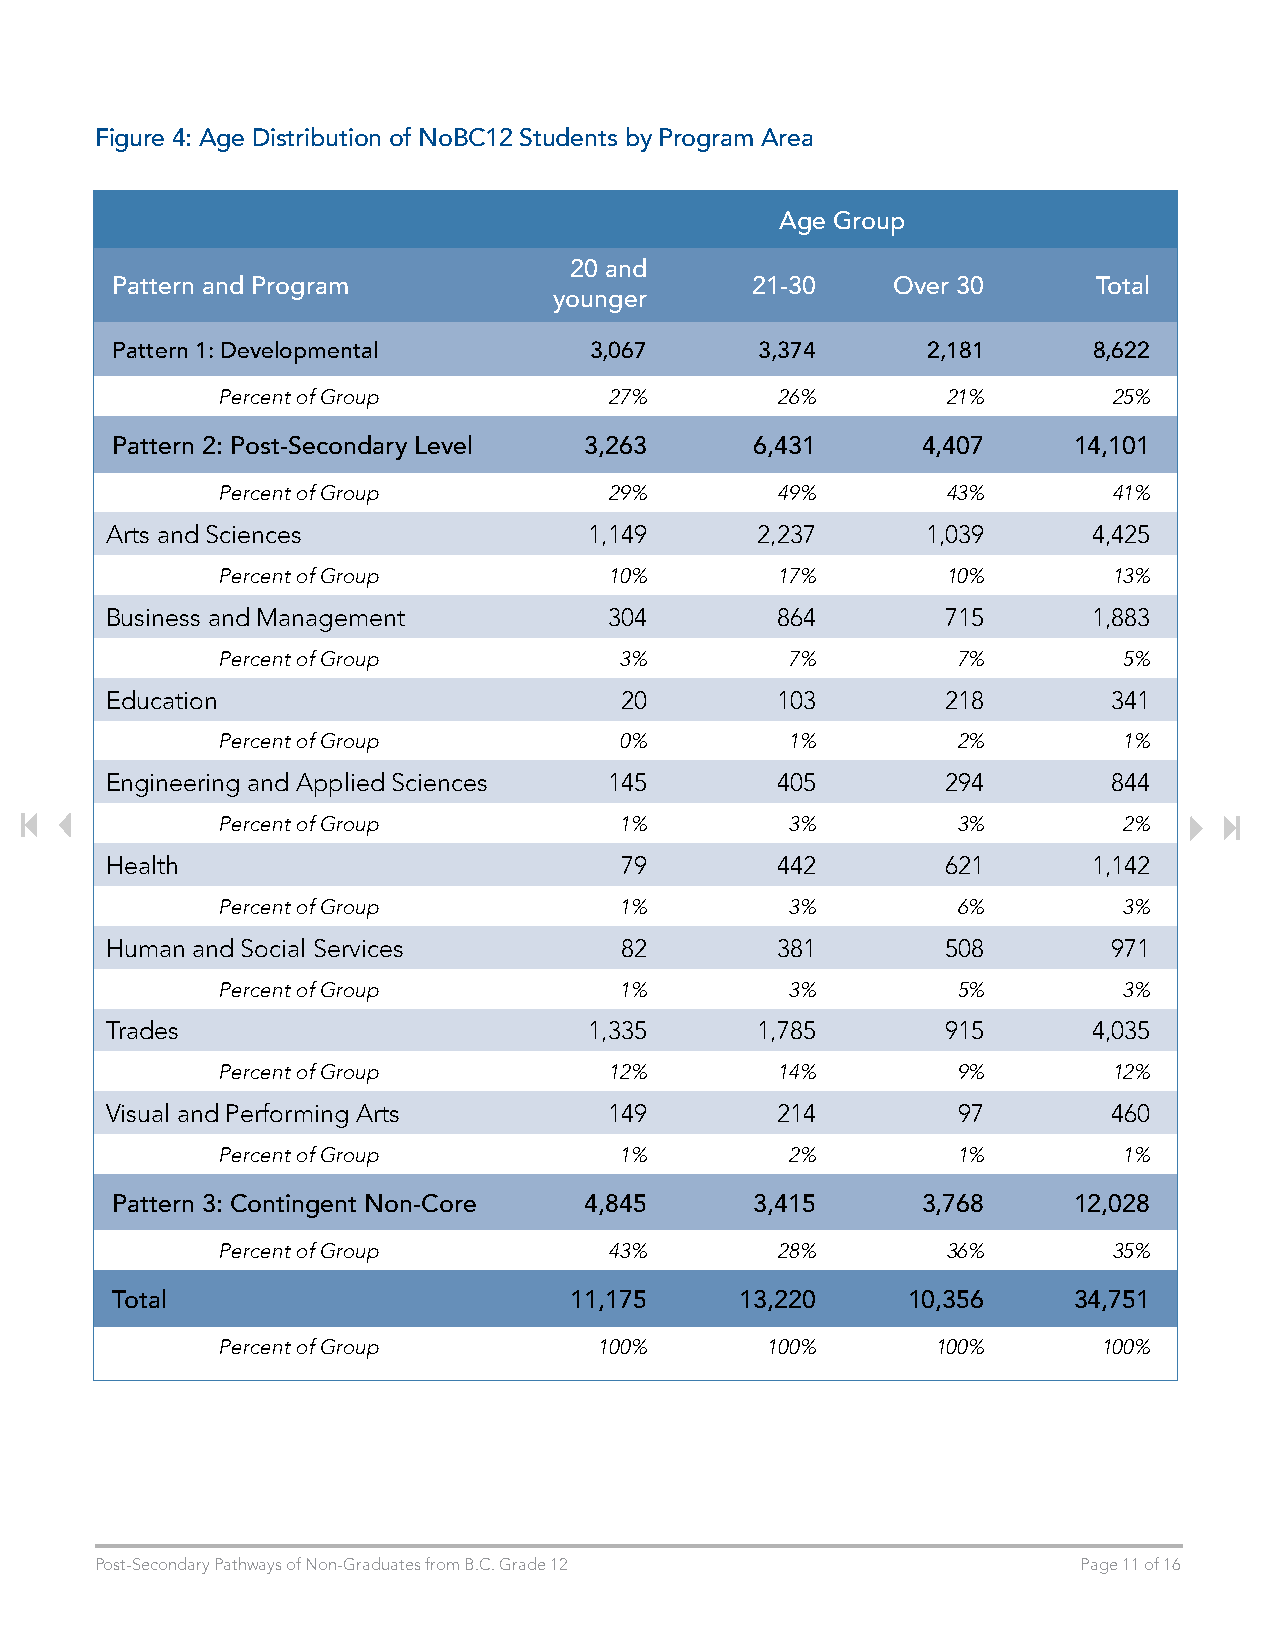
Figure 4: Age Distribution of NoBC12 Students by Program Area
 Age Group
 20 and
 Pattern and Program                        21-30    Over 30       Total
 younger
 Pattern 1: Developmental        3,067      3,374      2,181      8,622
 Percent of Group          27%        26%         21%        25%
 Pattern 2: Post-Secondary Level 3,263      6,431      4,407     14,101
 Percent of Group          29%        49%         43%        41%
 Arts and Sciences               1,149      2,237      1,039      4,425
 Percent of Group          10%        17%         10%        13%
 Business and Management          304        864         715      1,883
 Percent of Group           3%         7%         7%         5%
 Education                         20        103         218        341
 Percent of Group           0%         1%         2%         1%
 Engineering and Applied Sciences 145        405         294        844
 Percent of Group           1%         3%         3%         2%
 Health                            79        442         621      1,142
 Percent of Group           1%         3%         6%         3%
 Human and Social Services         82        381         508        971
 Percent of Group           1%         3%         5%         3%
 Trades                          1,335      1,785        915      4,035
 Percent of Group          12%        14%         9%         12%
 Visual and Performing Arts       149        214         97         460
 Percent of Group           1%         2%         1%         1%
 Pattern 3: Contingent Non-Core  4,845      3,415      3,768     12,028
 Percent of Group          43%        28%         36%        35%
 Total                          11,175     13,220     10,356     34,751
 Percent of Group         100%        100%       100%       100%
 Post-Secondary Pathways of Non-Graduates from B.C. Grade 12       Page 11 of 16